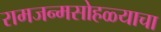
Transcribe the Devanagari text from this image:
रामजन्मसोहळ्याचा